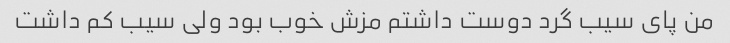
من پای سیب گرد دوست داشتم مزش خوب بود ولی سیب کم داشت